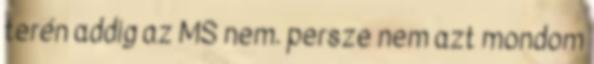
terén addig az MS nem. persze nem azt mondom